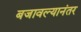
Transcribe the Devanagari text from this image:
बजावल्यानंतर